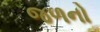
જળનો